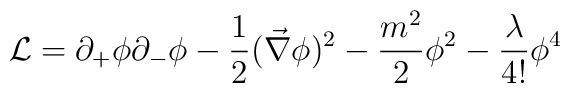
{\cal L} = \partial_{+}\phi \partial_{-}\phi - \frac{1}{2}(\vec{\nabla}\phi)^{2} - \frac{m^{2}}{2} \phi^{2} -\frac{\lambda}{4!} \phi^{4}